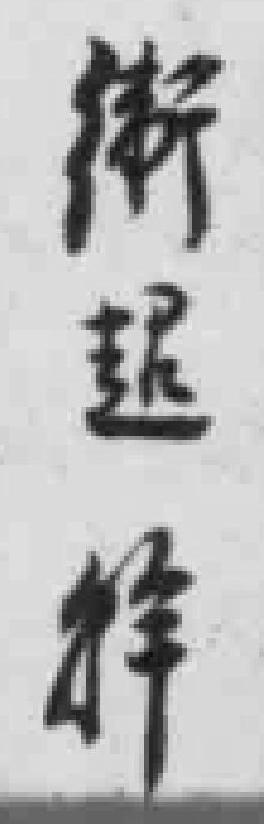
*超*